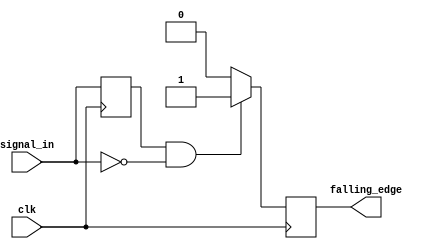
module falling_edge_detector (
    input wire clk,          // Clock signal
    input wire signal_in,    // Input signal to detect falling edge
    output reg falling_edge  // Output pulse indicating falling edge
);

    // Internal register to hold the previous state of signal_in
    reg prev_signal;

    // Always block triggered on the rising edge of the clock
    always @(posedge clk) begin
        // Falling edge detection logic
        falling_edge <= (prev_signal == 1'b1 && signal_in == 1'b0) ? 1'b1 : 1'b0;

        // Update the previous signal state
        prev_signal <= signal_in;
    end

endmodule